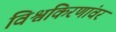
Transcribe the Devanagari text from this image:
विश्वकिरणांवर